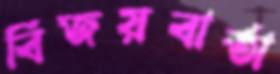
বিজয়বার্তা